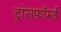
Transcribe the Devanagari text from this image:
ट्रांसफ़ॉर्म्ड